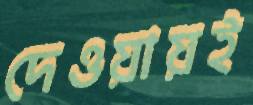
দেওয়ায়ই